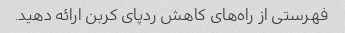
فهرستی از راه‌های کاهش ردپای کربن ارائه دهید.